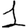
Digit: 1